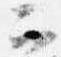
二